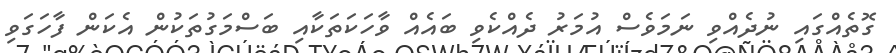
ގޮތެއްގައި ނުދެއްވި ނަމަވެސް އުމަރު ދެއްކެވި ބައެއް ވާހަކަތަކާއި ބަސްމަގުތަކުން އެކަން ފާހަގަވި